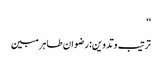
‘‘
ترتیب وتدوین:رضوان طاہر مبین